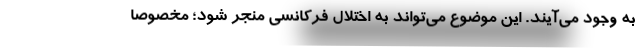
به وجود می‌آیند. این موضوع می‌تواند به اختلال فرکانسی منجر شود؛ مخصوصا